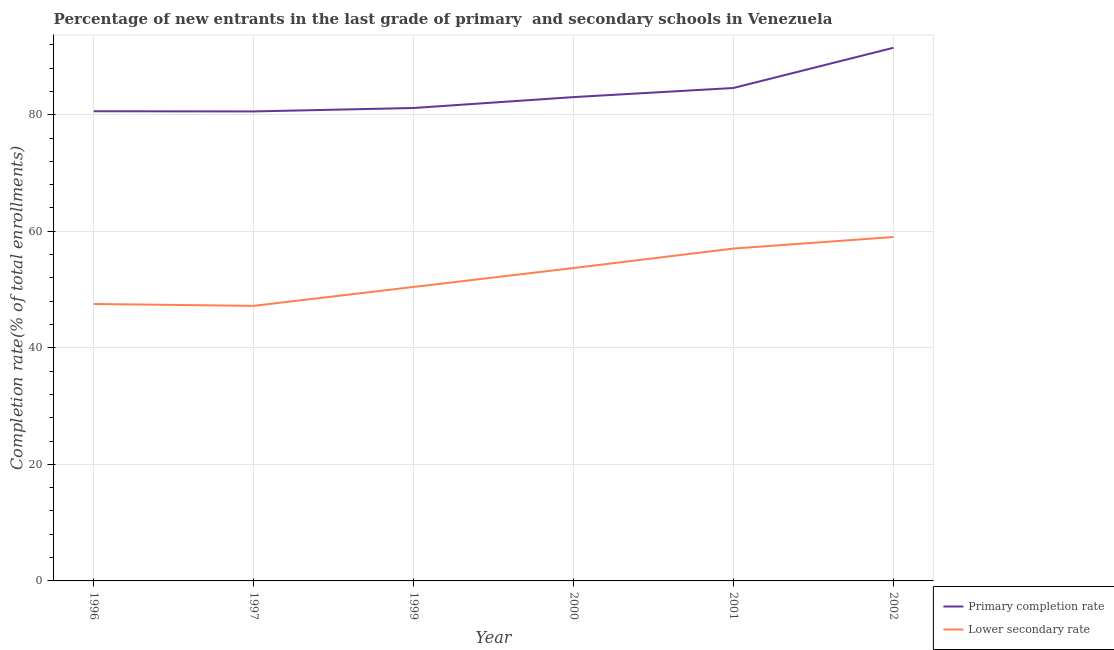
| Year | Primary completion rate | Lower secondary rate |
 | --- | --- | --- |
 | 1996 | 80.6 | 47.5 |
 | 1997 | 80.6 | 47.2 |
 | 1999 | 81.2 | 50.4 |
 | 2000 | 83 | 53.7 |
 | 2001 | 84.6 | 57 |
 | 2002 | 91.5 | 59 |